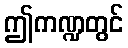
ဤကဏ္ဍတွင်